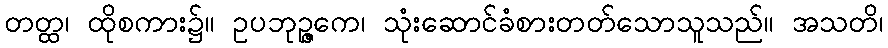
တတ္ထ၊ ထိုစကား၌။ ဥပဘုဉ္ဇကေ၊ သုံးဆောင်ခံစားတတ်သောသူသည်။ အသတိ၊